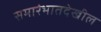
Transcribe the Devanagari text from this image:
समारंभातदेखील